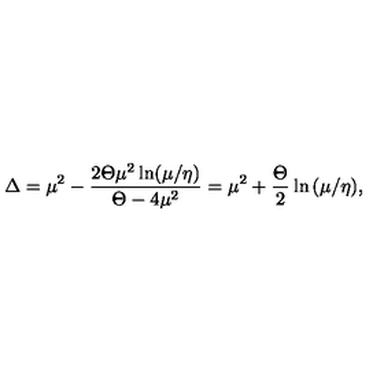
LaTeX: \Delta = { \mu } ^ { 2 } - \frac { 2 \Theta { \mu } ^ { 2 } \ln ( \mu / \eta ) } { \Theta - 4 { \mu } ^ { 2 } } = \mu ^ { 2 } + \frac { \Theta } { 2 } \ln { ( \mu / \eta ) } ,